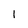
Character: 1